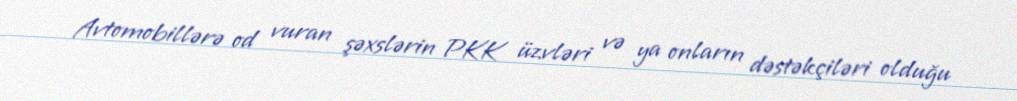
Avtomobillərə od vuran şəxslərin PKK üzvləri və ya onların dəstəkçiləri olduğu